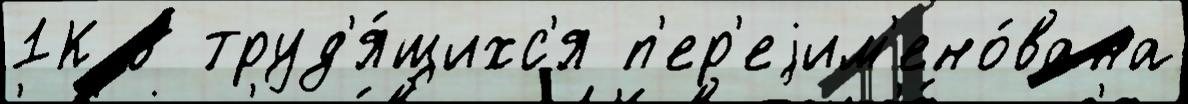
1К в труд'я́щихс'я п'ер'еjим'ено́вана